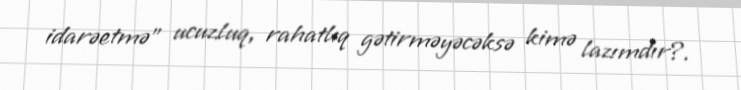
idarəetmə” ucuzluq, rahatlıq gətirməyəcəksə kimə lazımdır?.